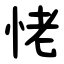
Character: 恅